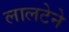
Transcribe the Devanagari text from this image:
लालटेने